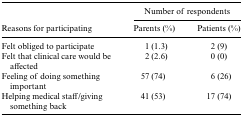
<table><thead><tr><td></td><td colspan="2"><b>Number of respondents</b></td></tr><tr><td><b>Reasons for participating</b></td><td><b>Parents (%)</b></td><td><b>Patients (%)</b></td></tr></thead><tbody><tr><td>Felt obliged to participate</td><td>1 (1.3)</td><td>2 (9)</td></tr><tr><td>Felt that clinical care would be affected</td><td>2 (2.6)</td><td>0 (0)</td></tr><tr><td>Feeling of doing something important</td><td>57 (74)</td><td>6 (26)</td></tr><tr><td>Helping medical staff/giving something back</td><td>41 (53)</td><td>17 (74)</td></tr></tbody></table>